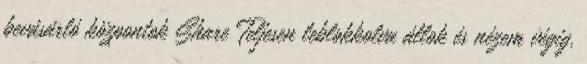
bevásárló központok Share Teljesen leblokkolva állok és nézem végig,